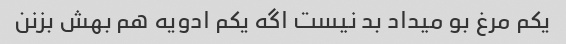
یکم مرغ بو میداد بد نیست اگه یکم ادویه هم بهش بزنن